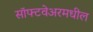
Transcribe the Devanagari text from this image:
सॉफ्टवेअरमधील